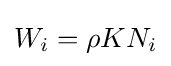
W_{i}=\rho KN_{i}